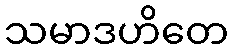
သမာဒဟိတေ